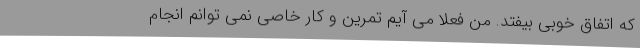
که اتفاق خوبی بیفتد. من فعلا می آیم تمرین و کار خاصی نمی توانم انجام